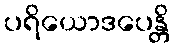
ပရိယောဒပေန္တိ